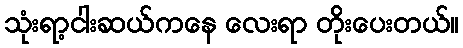
သုံးရာ့ငါးဆယ်ကနေ လေးရာ တိုးပေးတယ်။